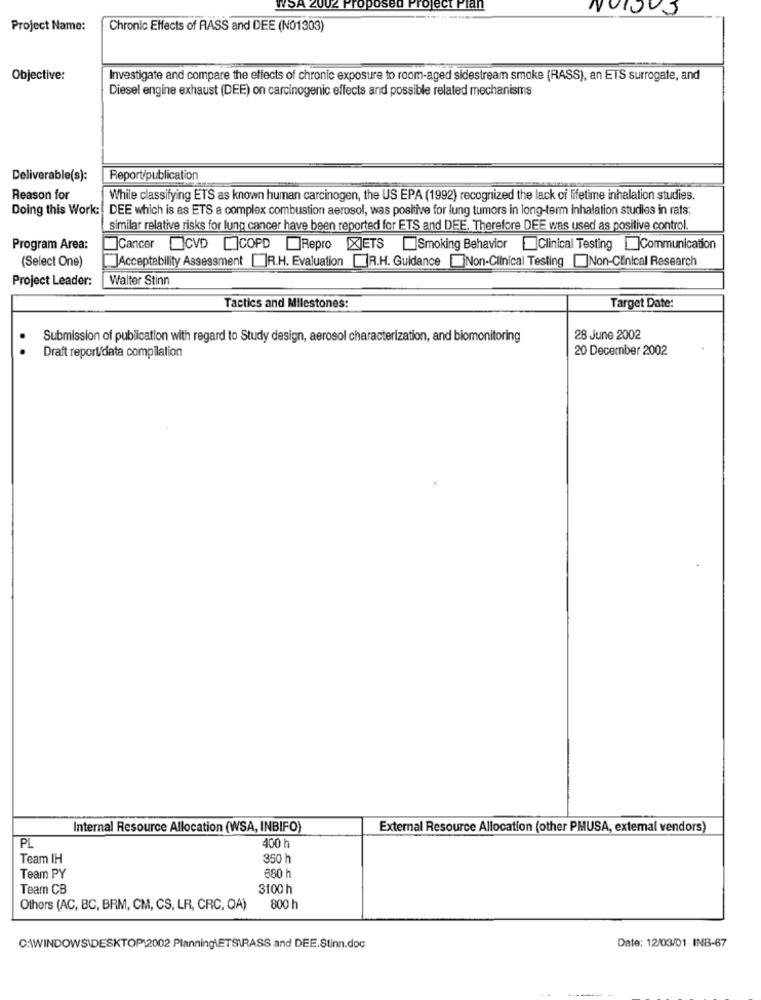
WSA
osed P
roject Plan
NUIJUS
Project Name:
Chronic Effects of RASS and DEE (NO1303)
Objective:
Investigate and compare the effects of chronic exposure to room-aged sidestream smoke (RASS), an ETS surrogate, and
Diesel engine exhaust (DEE) on carcinogenic effects and possible related mechanisms
Deliverable(s):
Report/publication
Reason for
While classifying ETS as known human carcinogen, the US EPA (1992) recognized the lack of lifetime inhalation studies.
Doing this Work: DEE which is as ETS a complex combustion aerosol, was positive for lung tumors in long-term inhalation studies in rats;
similar relative risks for lung cancer have been reported for ETS and DEE. Therefore DEE was used as positive control.
Program Area:
Cancer CVD []COPD ]Repro [X]ETS ]Smoking Behavior Clinical Testing Communication
(Select One)
Acceptability Assessment R.H. Evaluation R.H. GuidanceNon-Clinical Testing Non-Clinical Research
Project Leader:
Walter Stinn
Tactics and Milestones:
Target Date:
Submission of publication with regard to Study design, aerosol characterization, and biomonitoring
28 June 2002
20 December 2002
Draft report/data compilation
Internal Resource Allocation (WSA, INBIFO)
External Resource Allocation (other PMUSA, extemal vendors)
PL
400 h
Team IH
350 h
Team PY
680 h
Team CB
3100 h
Others (AC, BC, BRM, CM, CS, LR, CRC, QA)
800 h
Date: 12/03/01 INB-67
C:\WINDOWS\DESKTOP12002 Planning\ETSIRASS and DEE.Stinn.doc